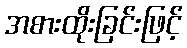
အစားထိုးခြင်းဖြင့်